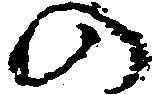
の